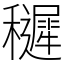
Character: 䆈